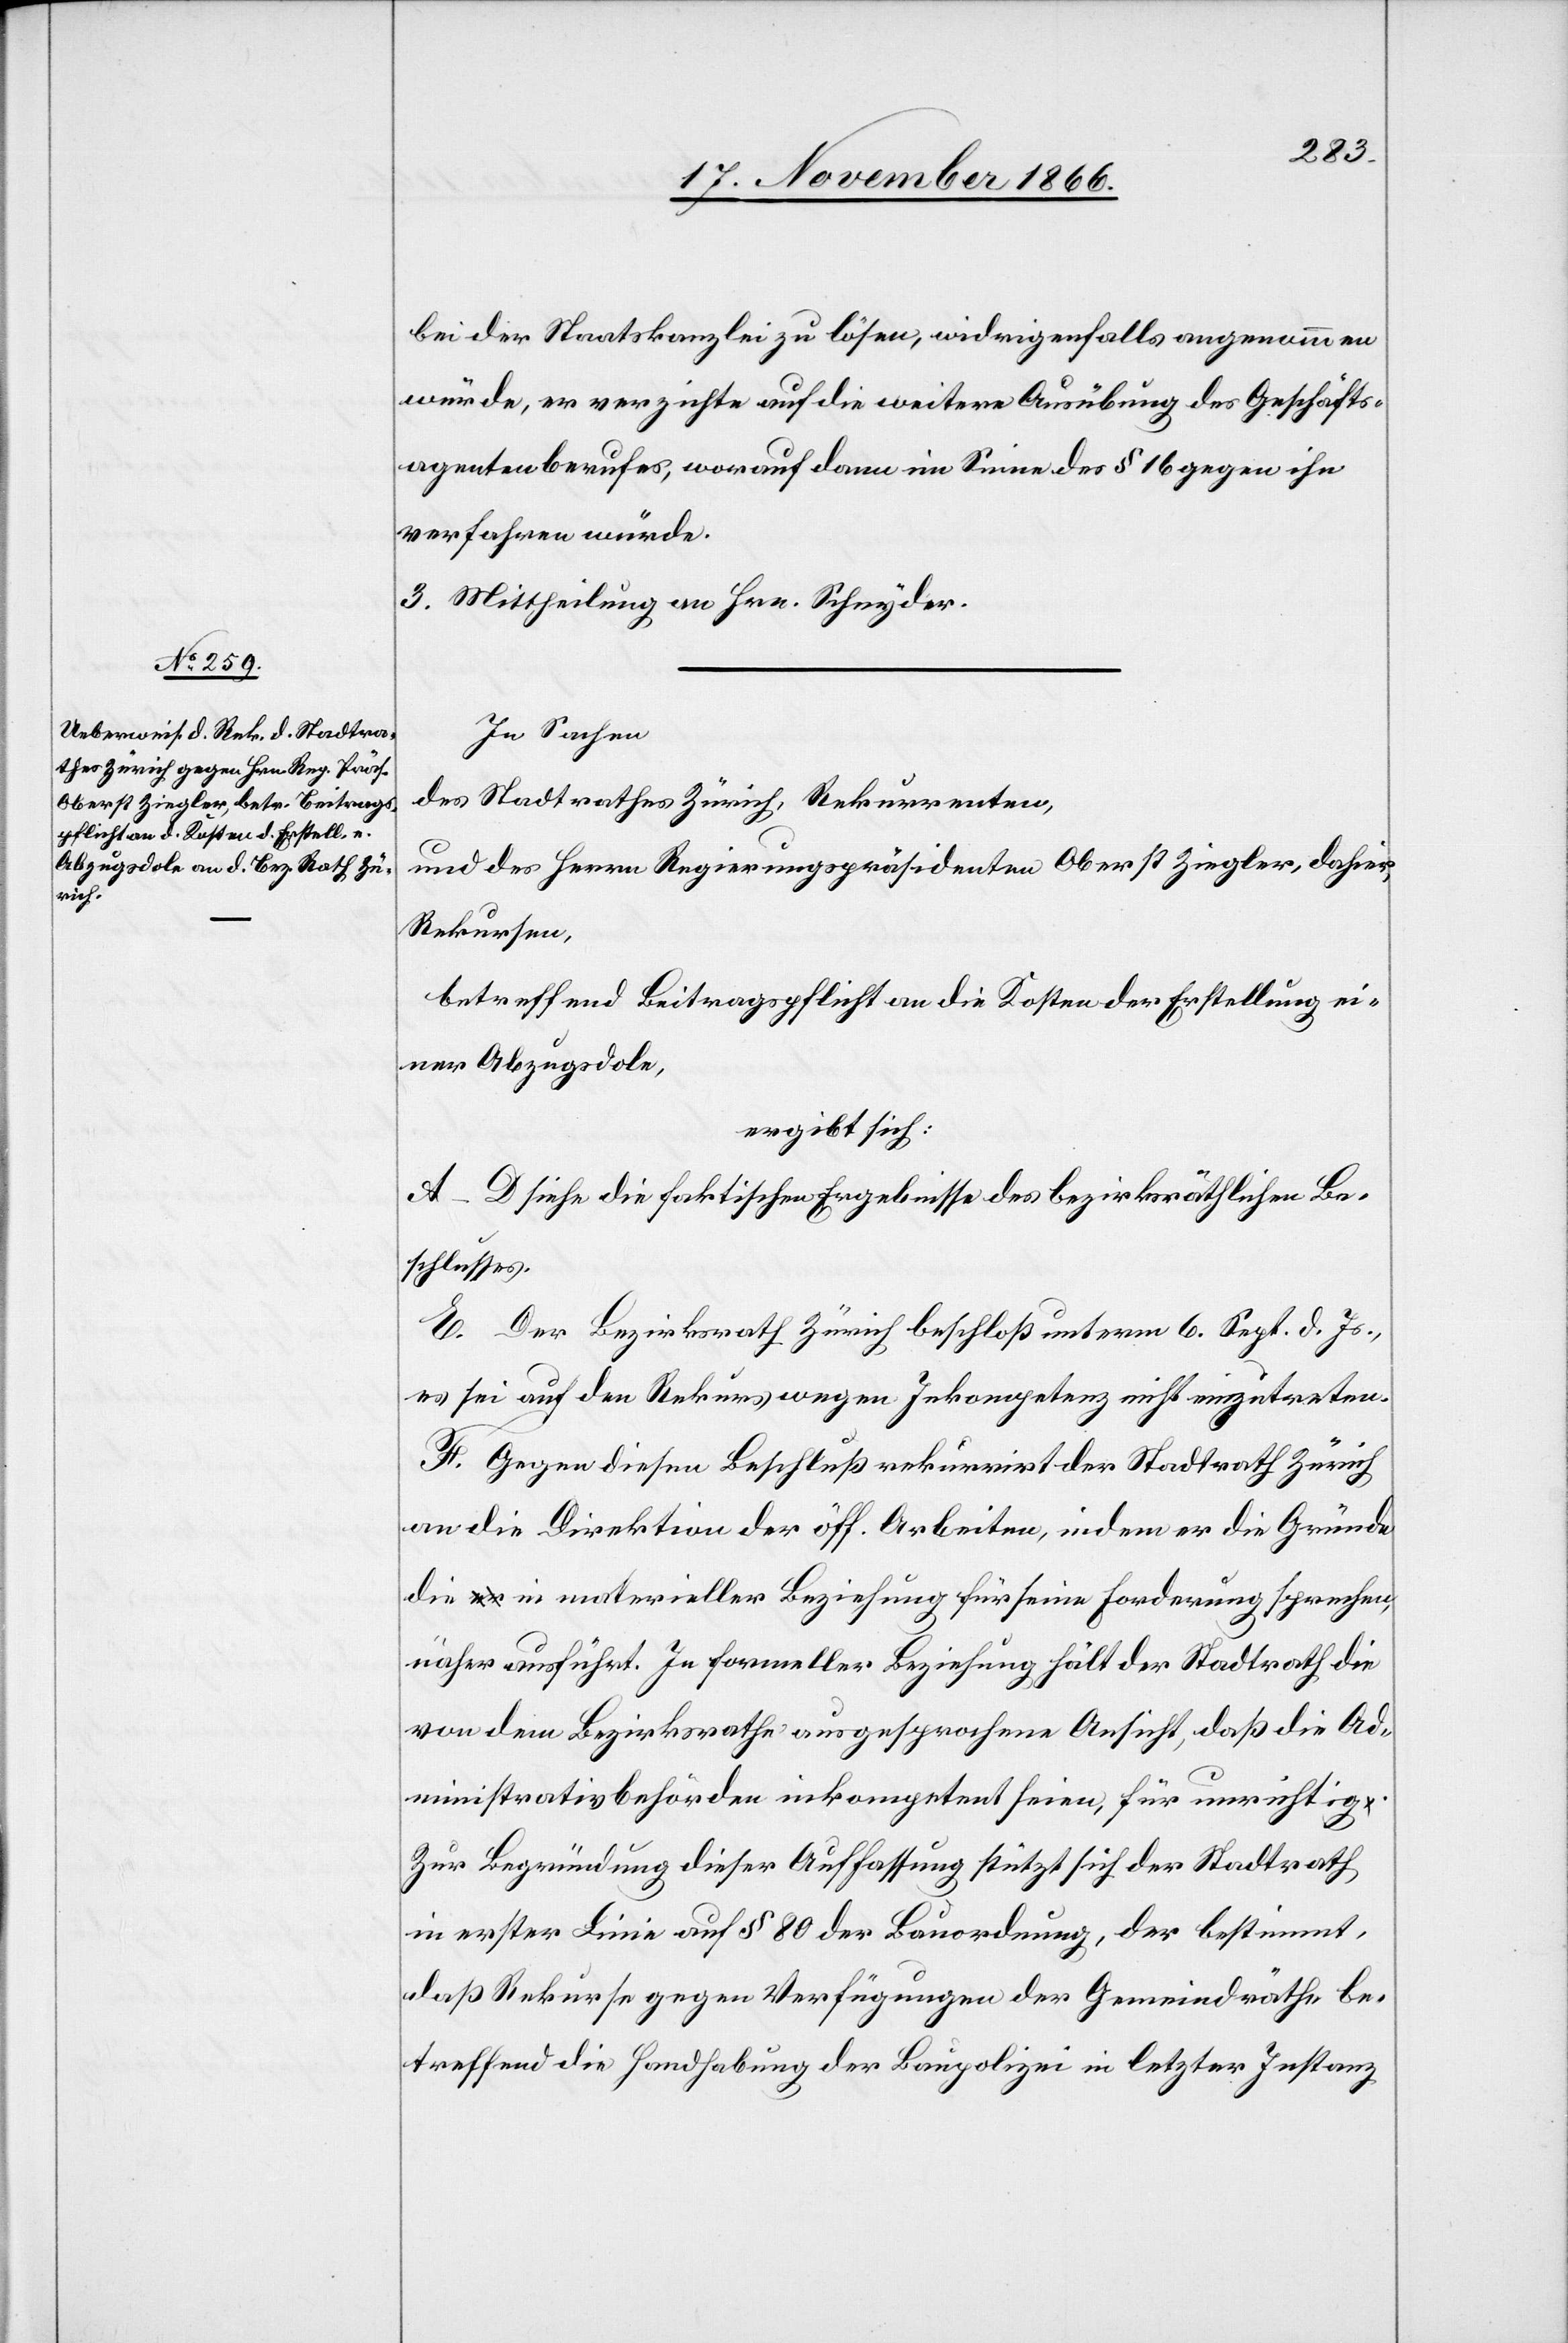
bei der Staatskanzlei zu lösen, widrigenfalls angenommen
würde, er verzichte auf die weitere Ausübung des Geschäfts¬
agentenberufes, worauf dann im Sinne des § 16 gegen ihn
verfahren würde.
3. Mittheilung an Hrn. Schnyder.
In Sachen
des Stadtrathes Zürich, Rekurrenten,
und des Herrn Regierungspräsidenten Oberst Ziegler, dahier,
Rekursen,
betreffend Beitragspflicht an die Kosten der Erstellung ei¬
ner Abzugsdole,
ergibt sich:
A–D siehe die faktischen Ergebnisse des bezirksräthlichen Be¬
schlusses.
E. Der Bezirksrath Zürich beschloß unterm 6. Sept. d. Js.,
es sei auf den Rekurs wegen Inkompetenz nicht einzutreten.
F. Gegen diesen Beschluß rekurrirt der Stadtrath Zürich
an die Direktion der öff. Arbeiten, indem er die Gründe
die in materieller Beziehung für seine Forderung sprechen,
näher ausführt. In formeller Beziehung hält der Stadtrath die
von dem Bezirksrathe ausgesprochene Ansicht, daß die Ad¬
ministrativbehörden inkompetent seien, für unrichtig.
Zur Begründung dieser Auffassung stützt sich der Stadtrath
in erster Linie auf § 80 der Bauordnung, der bestimmt,
daß Rekurse gegen Verfügungen der Gemeindräthe, be¬
treffend die Handhabung der Baupolizei in letzter Instanz